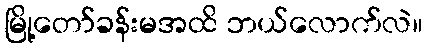
မြို့တော်ခန်းမအထိ ဘယ်လောက်လဲ။